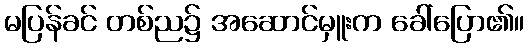
မပြန်ခင် တစ်ည၌ အဆောင်မှူးက ခေါ်ပြော၏။